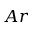
A r